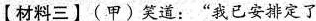
【材料三】(甲)笑道：”我已安排定了